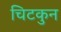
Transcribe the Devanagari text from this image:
चिटकुन